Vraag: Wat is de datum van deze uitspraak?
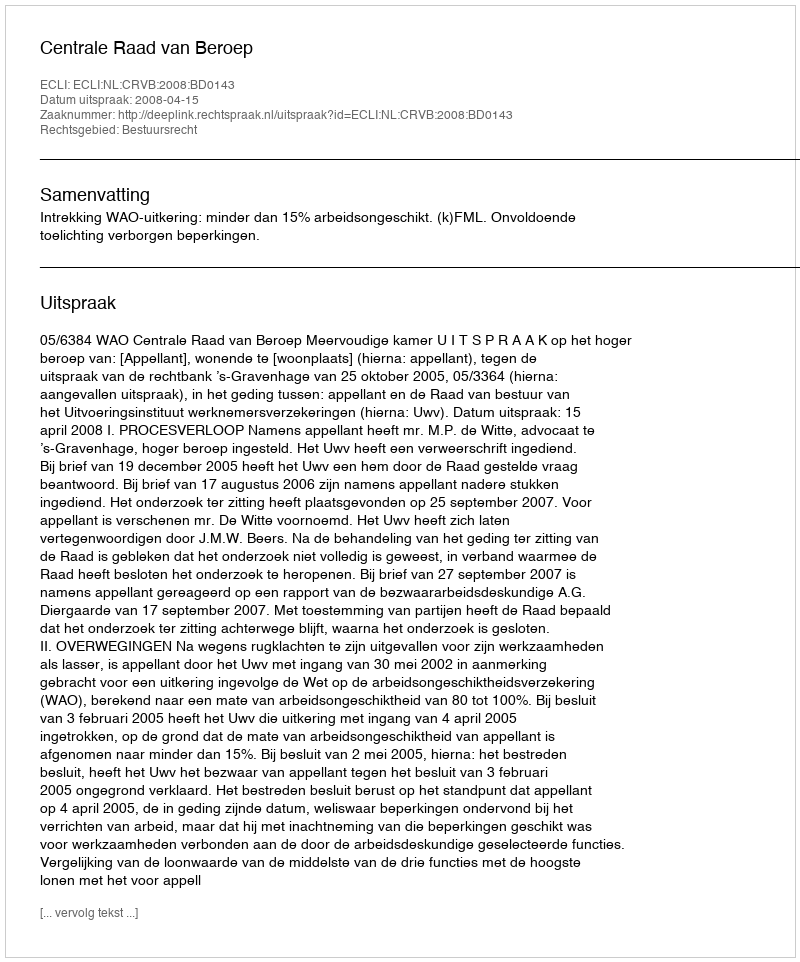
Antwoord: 2008-04-15